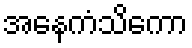
အနေကံသိကော